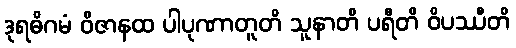
ဒုရဓိဂမံ ဝိဇာနထ ပါပုဏာတူတိ သူနာတိ ပရီတိ ဝိပဿီတိ